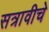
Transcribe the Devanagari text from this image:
सत्रावीचे